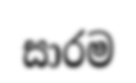
සාරම